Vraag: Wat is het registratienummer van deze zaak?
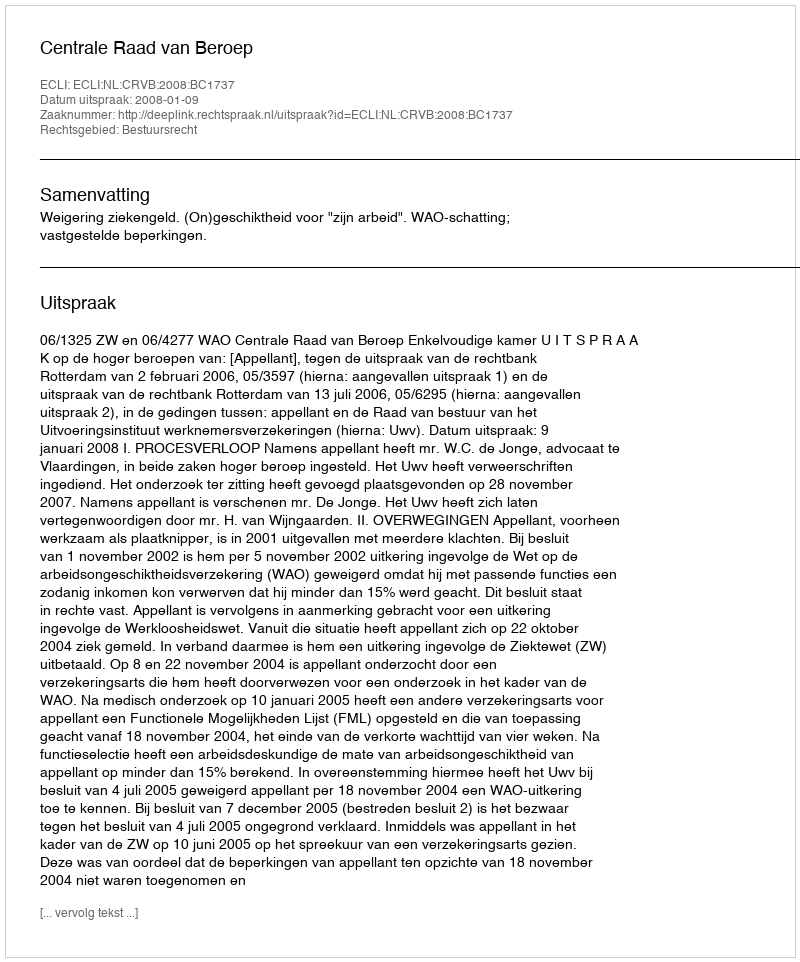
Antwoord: http://deeplink.rechtspraak.nl/uitspraak?id=ECLI:NL:CRVB:2008:BC1737